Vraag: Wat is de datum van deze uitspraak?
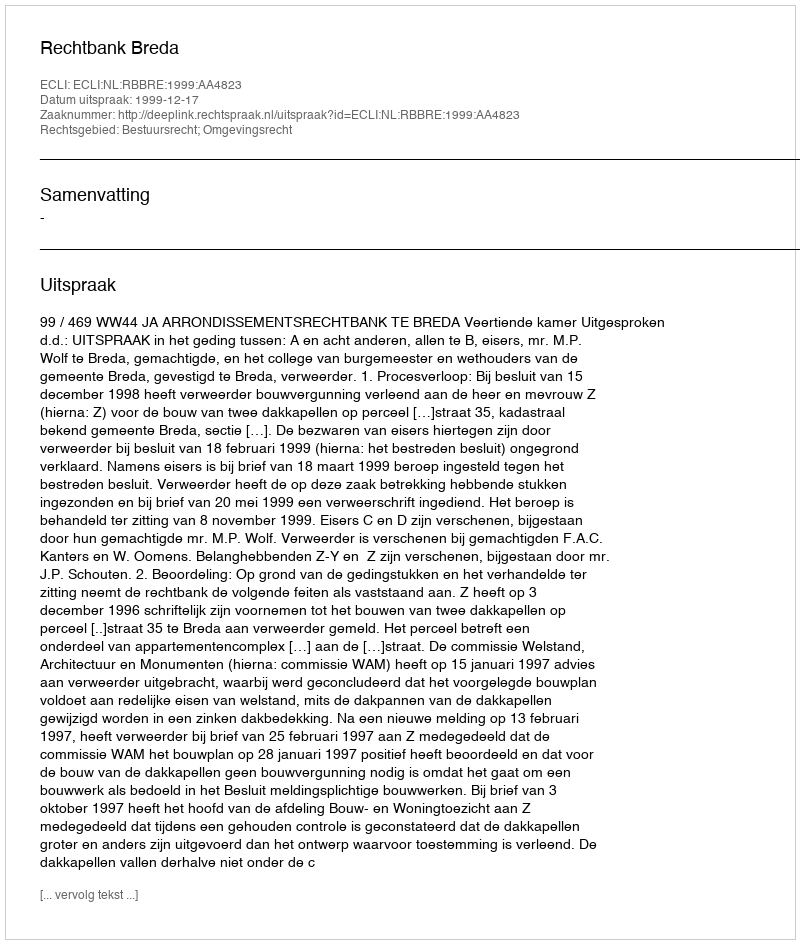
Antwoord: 1999-12-17